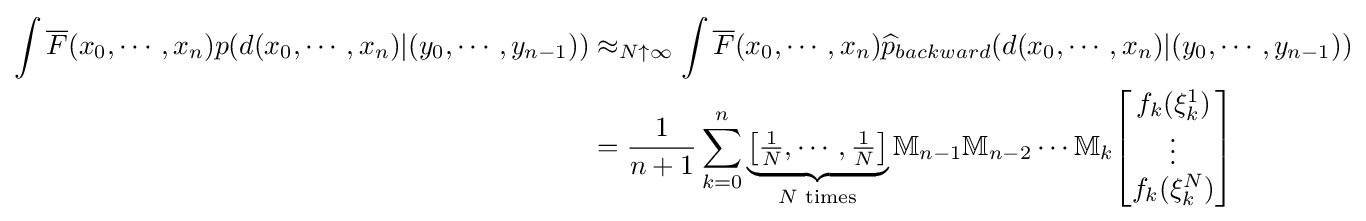
{\begin{aligned}\int {\overline {F}}(x_{0},\cdots ,x_{n})p(d(x_{0},\cdots ,x_{n})|(y_{0},\cdots ,y_{n-1}))&\approx _{N\uparrow \infty }\int {\overline {F}}(x_{0},\cdots ,x_{n}){\widehat {p}}_{backward}(d(x_{0},\cdots ,x_{n})|(y_{0},\cdots ,y_{n-1}))\\&={\frac {1}{n+1}}\sum _{k=0}^{n}\underbrace {\left[{\tfrac {1}{N}},\cdots ,{\tfrac {1}{N}}\right]} _{N{\text{ times}}}\mathbb {M} _{n-1}\mathbb {M} _{n-2}\cdots \mathbb {M} _{k}{\begin{bmatrix}f_{k}(\xi _{k}^{1})\\\vdots \\f_{k}(\xi _{k}^{N})\end{bmatrix}}\end{aligned}}